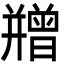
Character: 𭙇